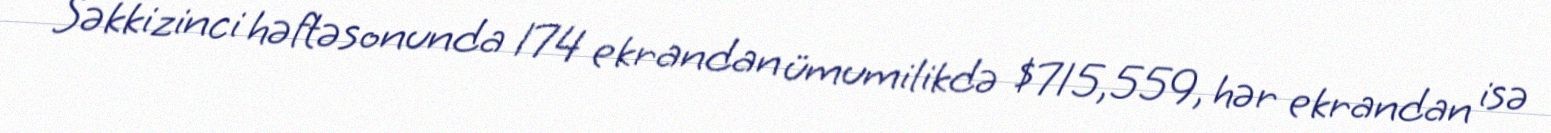
Səkkizinci həftəsonunda 174 ekrandan ümumilikdə $715,559, hər ekrandan isə